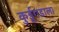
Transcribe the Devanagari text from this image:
कुर्डूगडाला